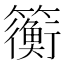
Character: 𫂬